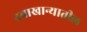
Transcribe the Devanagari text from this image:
दवाखान्यातील